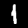
Digit: 1